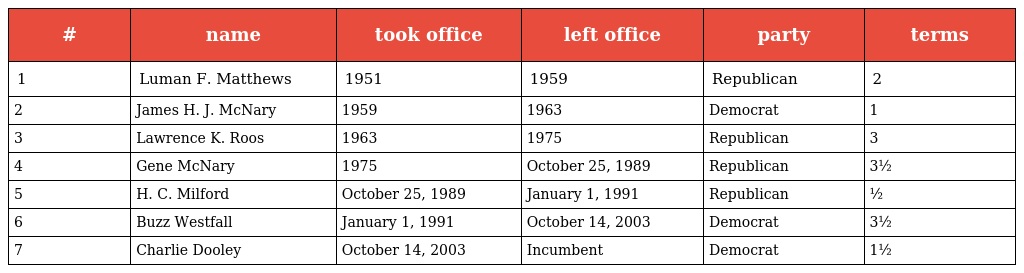
| # | name | took office | left office | party | terms |
 | --- | --- | --- | --- | --- | --- |
 | 1 | Luman F. Matthews | 1951 | 1959 | Republican | 2 |
 | 2 | James H. J. McNary | 1959 | 1963 | Democrat | 1 |
 | 3 | Lawrence K. Roos | 1963 | 1975 | Republican | 3 |
 | 4 | Gene McNary | 1975 | October 25, 1989 | Republican | 3½ |
 | 5 | H. C. Milford | October 25, 1989 | January 1, 1991 | Republican | ½ |
 | 6 | Buzz Westfall | January 1, 1991 | October 14, 2003 | Democrat | 3½ |
 | 7 | Charlie Dooley | October 14, 2003 | Incumbent | Democrat | 1½ |